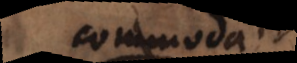
commoda